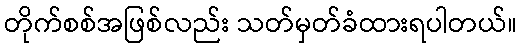
တိုက်စစ်အဖြစ်လည်း သတ်မှတ်ခံထားရပါတယ်။